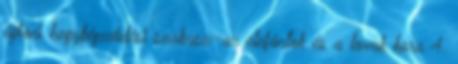
újkori hegyképződési szakasz—az elefántok és a lovak kora 4.